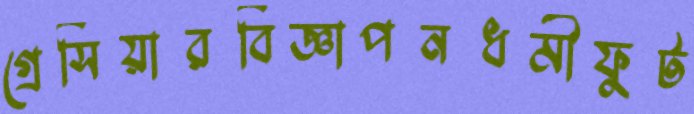
গ্রেসিয়ারবিজ্ঞাপনধর্মীফুট